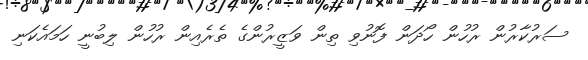
ސަރުކާރުން ރުހުން ހޯދަން ފޮނުވި ތިން ވަޒީރުންގެ ތެރެއިން ރުހުން ލިބުނީ ހަމައެކަނި